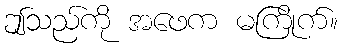
ဤသည်ကို အဖေက မကြိုက်။